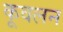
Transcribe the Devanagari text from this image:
कूवलन